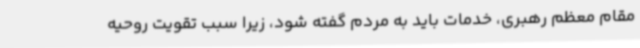
مقام معظم رهبری، خدمات باید به مردم گفته شود، زیرا سبب تقویت روحیه